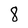
Character: 8